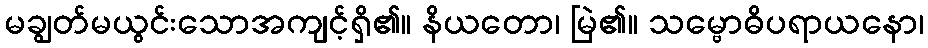
မချွတ်မယွင်းသောအကျင့်ရှိ၏။ နိယတော၊ မြဲ၏။ သမ္ဗောဓိပရာယနော၊